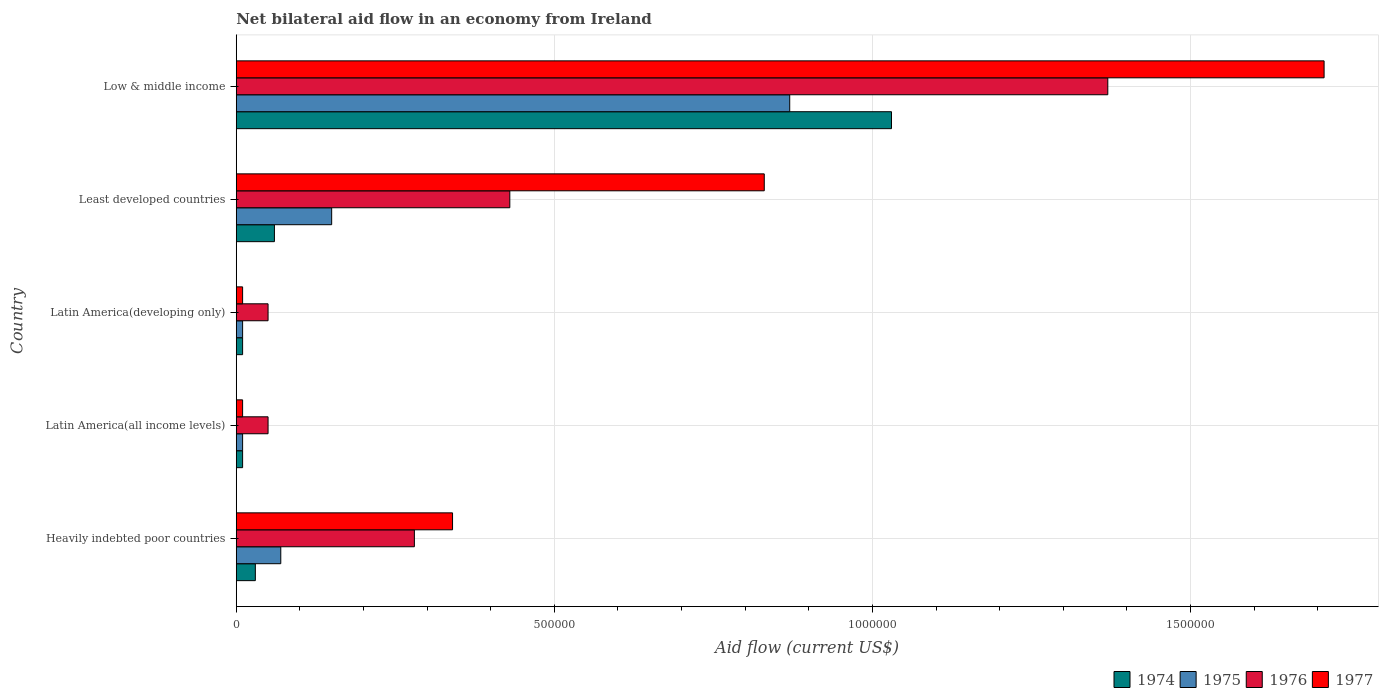
| Country | 1974 | 1975 | 1976 | 1977 |
 | --- | --- | --- | --- | --- |
 | Heavily indebted poor countries | 3e+04 | 7e+04 | 2.8e+05 | 3.4e+05 |
 | Latin America(all income levels) | 1e+04 | 1e+04 | 5e+04 | 1e+04 |
 | Latin America(developing only) | 1e+04 | 1e+04 | 5e+04 | 1e+04 |
 | Least developed countries | 6e+04 | 1.5e+05 | 4.3e+05 | 8.3e+05 |
 | Low & middle income | 1.03e+06 | 8.7e+05 | 1.37e+06 | 1.71e+06 |